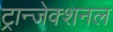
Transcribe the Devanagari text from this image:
ट्रान्जेक्शनल